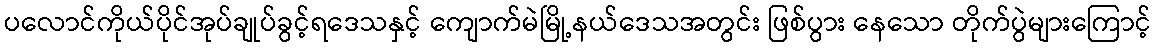
ပလောင်ကိုယ်ပိုင်အုပ်ချုပ်ခွင့်ရဒေသနှင့် ကျောက်မဲမြို့နယ်ဒေသအတွင်း ဖြစ်ပွား နေသော တိုက်ပွဲများကြောင့်